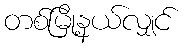
တစ်မြို့နယ်လျှင်